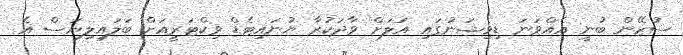
ސުޒޭން ބުނީ އެއްވަނަ ޑިވިޝަނުގައި އަލަށް ވާދަކުރާ ޔުނައިޓެޑް ވިކްޓަރީއަށް ބަލައިލިޔަސް އެ